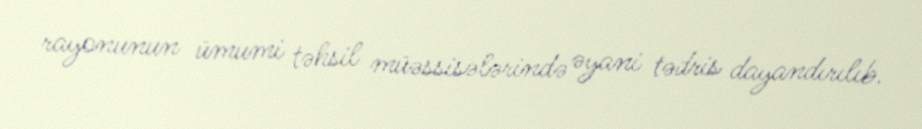
rayonunun ümumi təhsil müəssisələrində əyani tədris dayandırılıb.